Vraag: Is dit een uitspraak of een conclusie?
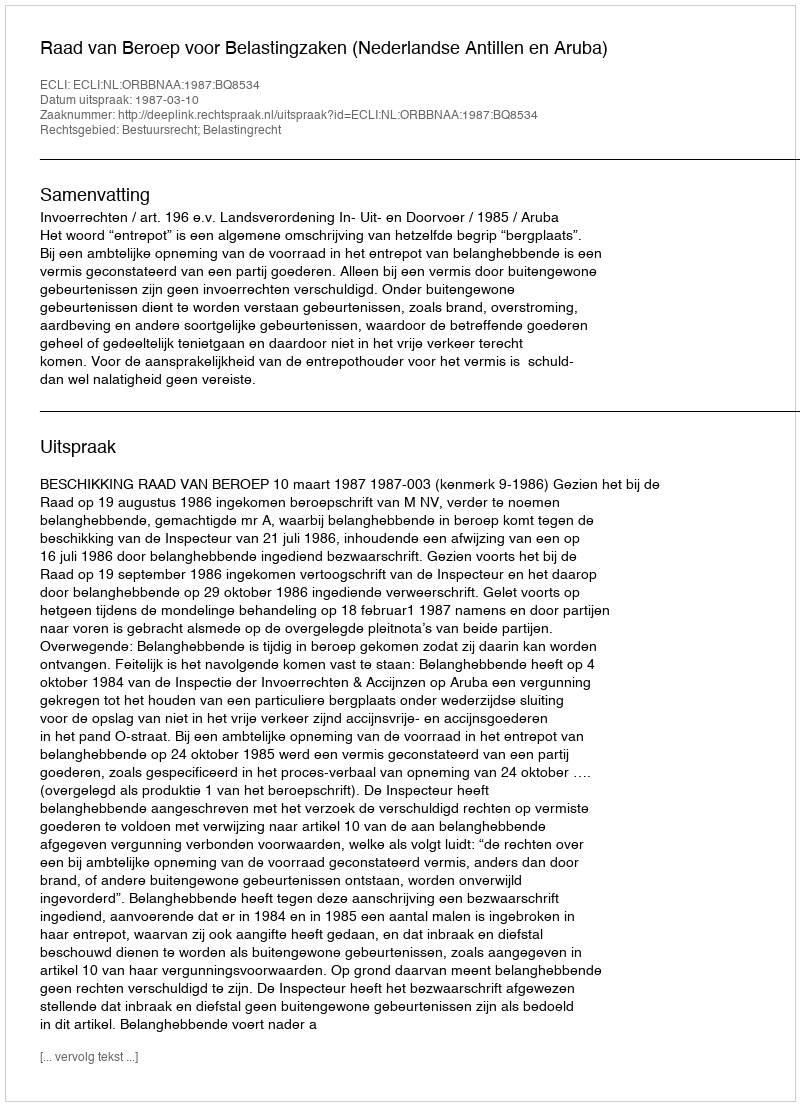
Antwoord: Uitspraak